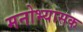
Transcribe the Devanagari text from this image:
मनोभ्यासक